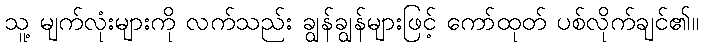
သူ့ မျက်လုံးများကို လက်သည်း ချွန်ချွန်များဖြင့် ကော်ထုတ် ပစ်လိုက်ချင်၏။